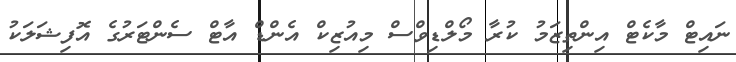
ނައިޓް މާކެޓް އިންތިޒަމު ކުރާ މޯލްޑިވްސް މިއުޒިކް އެންޑް އާޓް ސެންޓަރުގެ އޮފިޝަލަކު